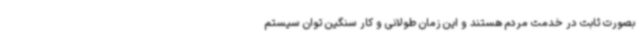
بصورت ثابت در خدمت مردم هستند و این زمان طولانی و کار سنگین توان سیستم